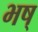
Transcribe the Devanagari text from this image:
भष्